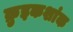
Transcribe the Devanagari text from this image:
क्रुइकशांक